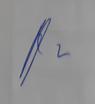
Signature authenticity: genuine